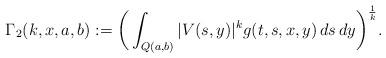
LaTeX: \begin{align*}\Gamma_2(k,x,a,b) := \bigg(\int_{Q(a,b)} |V(s,y)|^k g(t,s,x,y)\, ds\, dy \bigg)^\frac{1}{k}.\end{align*}